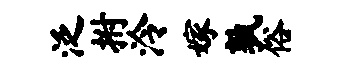
泛拊泠嫁孰俗